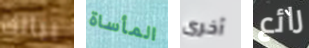
ببالك المأساة أخرى رائع